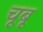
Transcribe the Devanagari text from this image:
चूबू